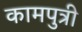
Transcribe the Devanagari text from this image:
कामपुत्री